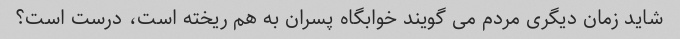
شاید زمان دیگری مردم می گویند خوابگاه پسران به هم ریخته است، درست است؟